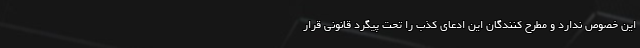
این خصوص ندارد و مطرح کنندگان این ادعای کذب را تحت پیگرد قانونی قرار